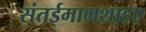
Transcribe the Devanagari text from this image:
संतईमामशाहए